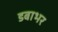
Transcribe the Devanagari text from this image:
डबाभर